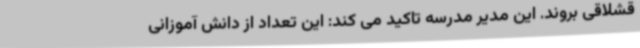
قشلاقی بروند. این مدیر مدرسه تاکید می کند: این تعداد از دانش آموزانی